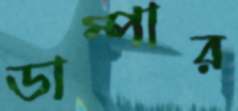
ডাম্পার